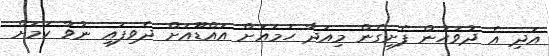
އަދި އެ ދުވަހުން ފެށިގެން މިއަދާ ހަމައަށް އައްޑޫއަށް ދެވިފައި ނުވާ ކަމަށް